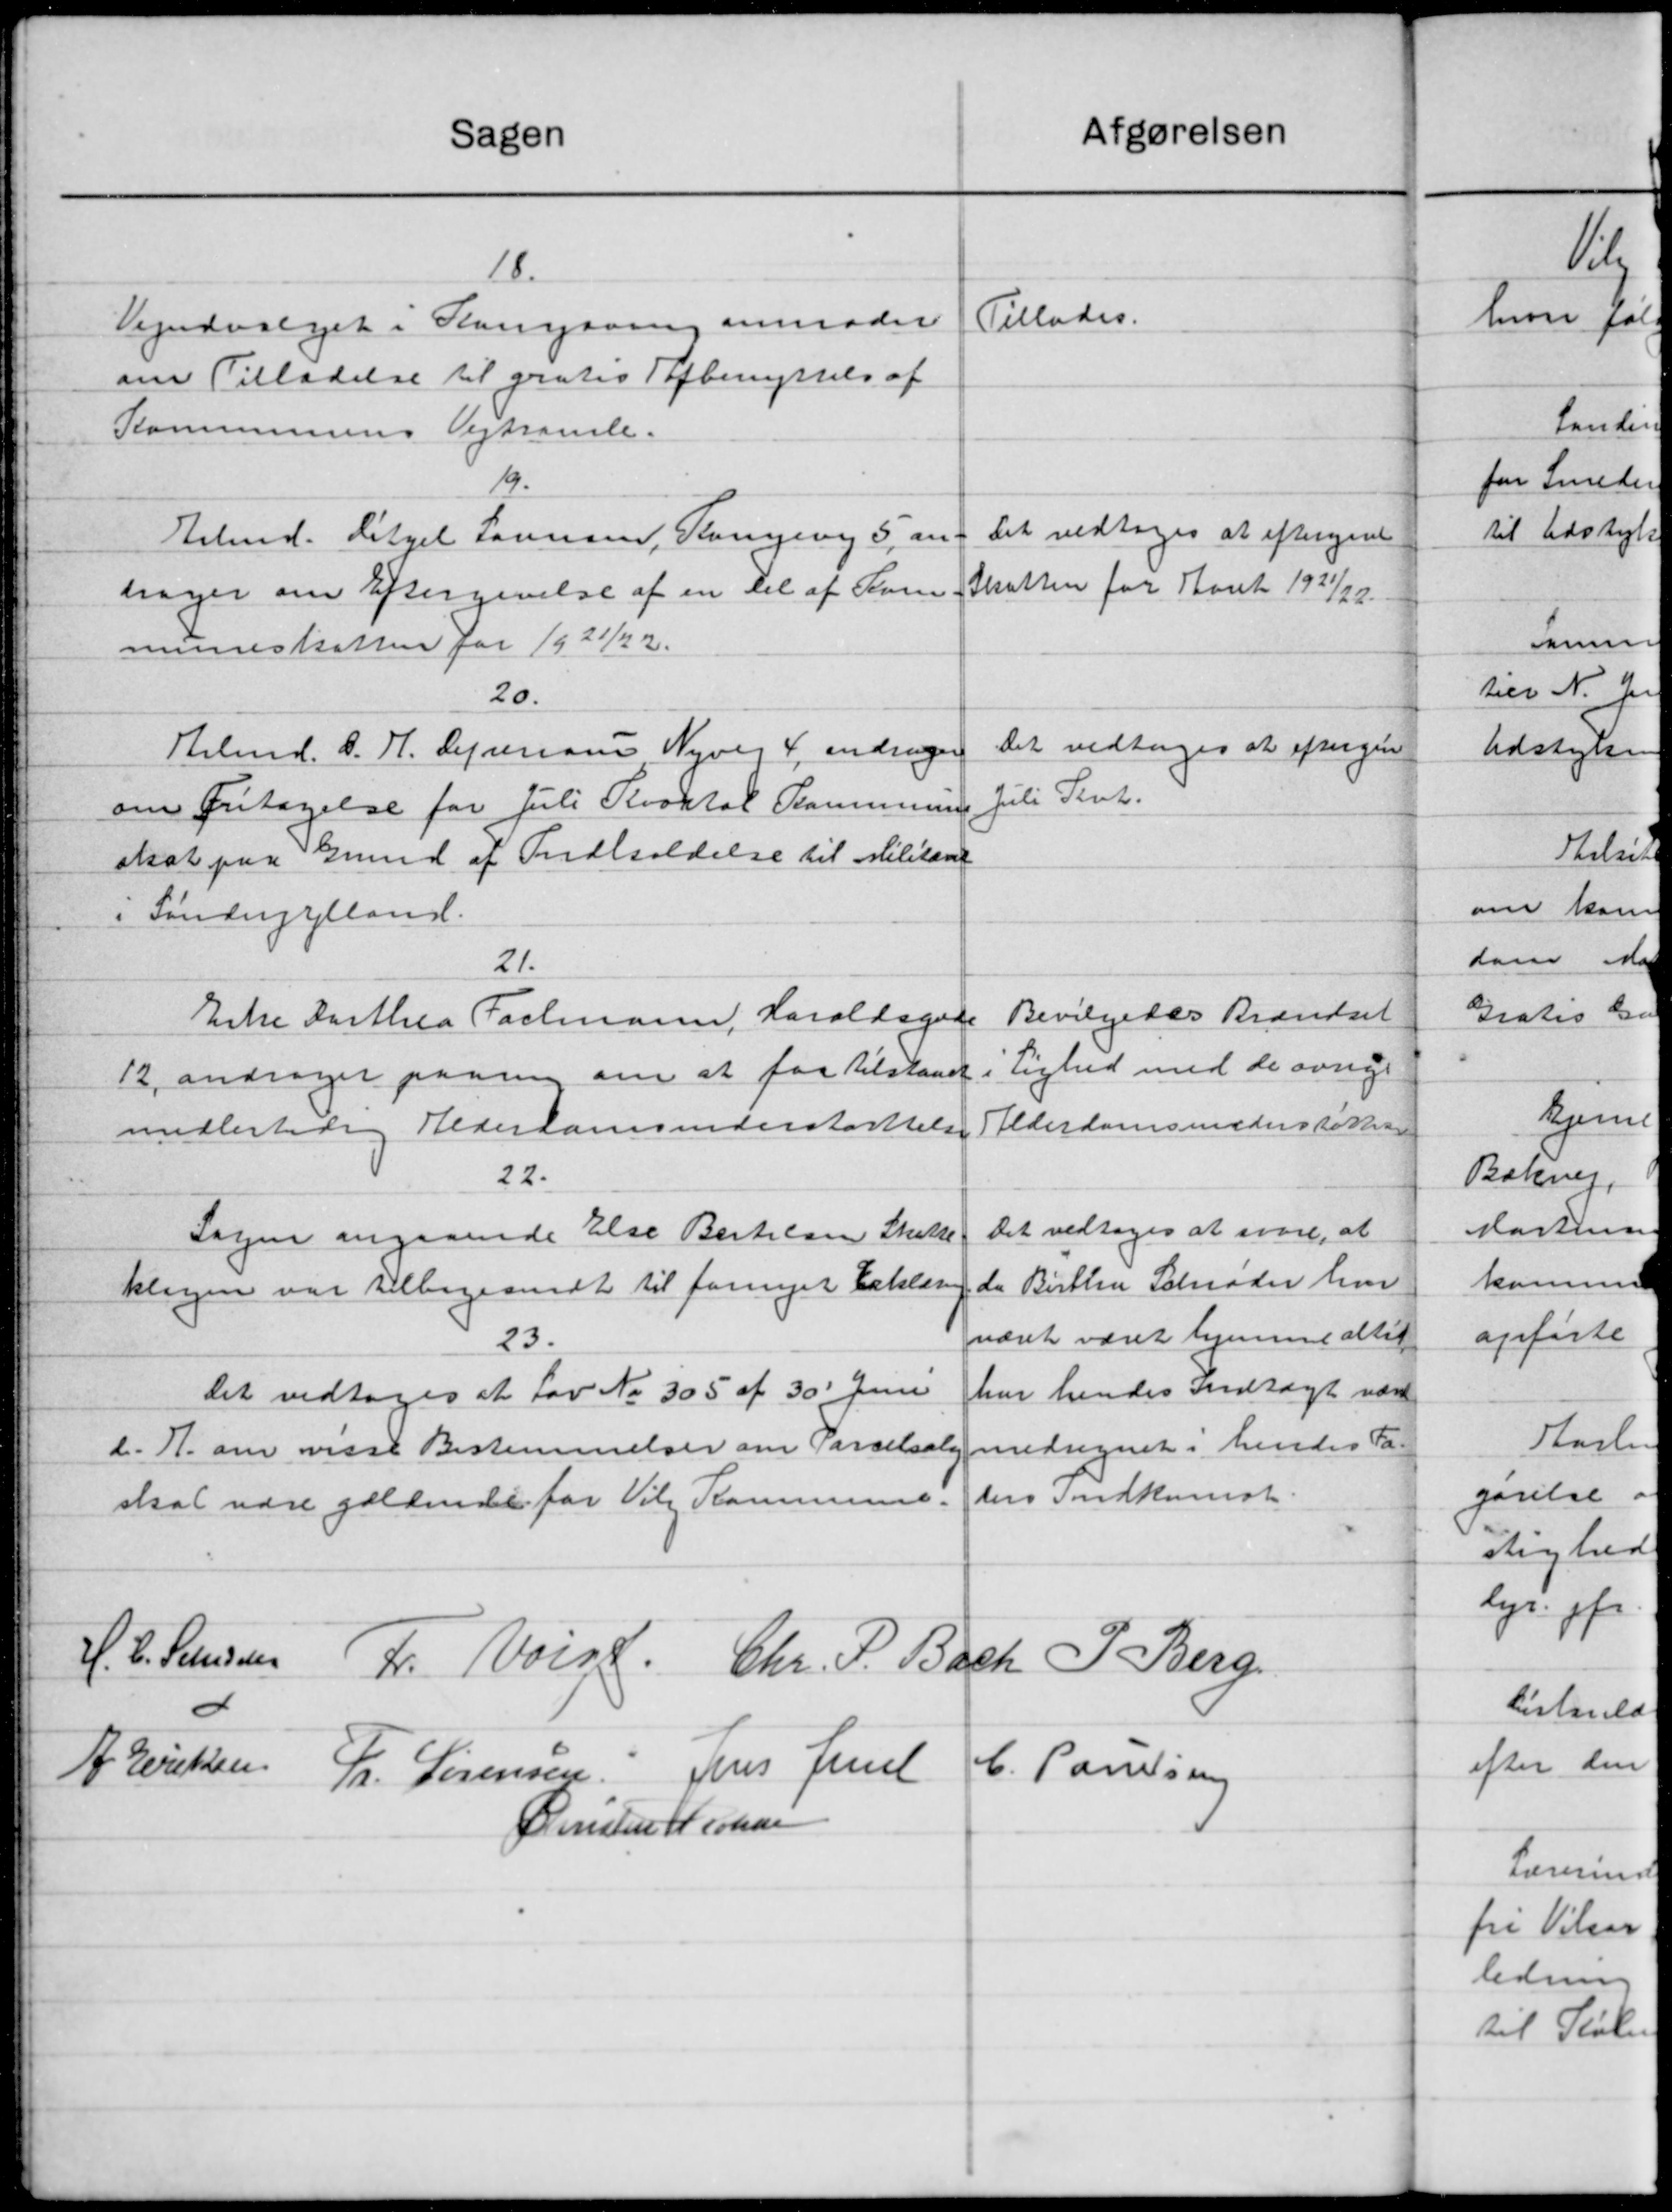
Transskription:
afgørelsen
Sagen
18.
Tillades.
Vejudvalget i Komgaarn anmoder
om Tilladelse til grates Afbenyttels af
Kommunens Vejtromle.
19.
Det vedtoges at eftergivet
Erbmd. Ditzel Sørensen, Kongevej 5, an-
Skatten for Aaret 1921/22.
tager om Eftergivelse af en Del af Kom
muneskatten for 1921/22.
20.
Det vedtoges at eftergive
Arbmd. O. H. Lejemann Nyvej 4, andrager
Juli Sent.
om Fritagelse for Juli Kvartal Kommunen.
skat paa Grund af Indholdelse til Militæret
i Sønderjylland.
21.
Bevilgedes Brændsel
Enke Dorthea Fachmann, Haraldagene
Lighed med de øvrige
12 andrager paaning om at faa tilstaaet
Alderdomsunderstøttelse
midlertidig Alderdomsunderstøtttelse
22.
Det vedtoges at svare, at
Sagen angaaende Else Bertelsen Skatte
da Birthe Schrøder hvor
klagen var tilbagesendt til fornyet Erklæring
været været hjemme attet
23.
har hendes Indtægt være
Det vedtoges at Lov No 305 af 30' Juni
medregnet i hendes Fat
d. A. om visse Bestemmelser om Parselsale
ders Indkomst.
skat være gældende for Vil Kommune.
H. P. Petersen F. Voigt Chr. P. Bach P Berg
A Eriksen
C. Paulsen
Fr. Sørensen Jens Juel
Christen Nielsen